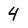
Character: 4